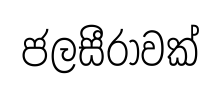
ජලසීරාවක්